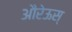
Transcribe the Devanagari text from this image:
औरेऊस्